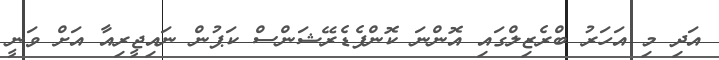
އަދި މި އަހަރު ބްރެޒިލްގައި އޮންނަ ކޮންފެޑެރޭޝަންސް ކަޕުން ނައިޖީރިއާ އަށް ވަނީ